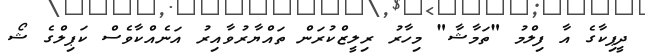
ދީޕިކާގެ އާ ފިލްމު "ތަމާޝާ" މިހާރު ރިލީޒްކުރަން ތައްޔާރުވާއިރު އަނެއްކާވެސް ކަޕިލްގެ ޝޯ